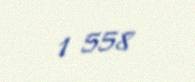
1 558